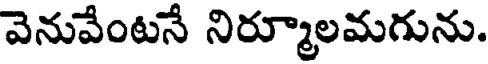
వెనువేంటనే నిర్మూలమగును.